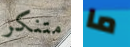
متنكر ما